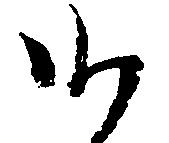
候